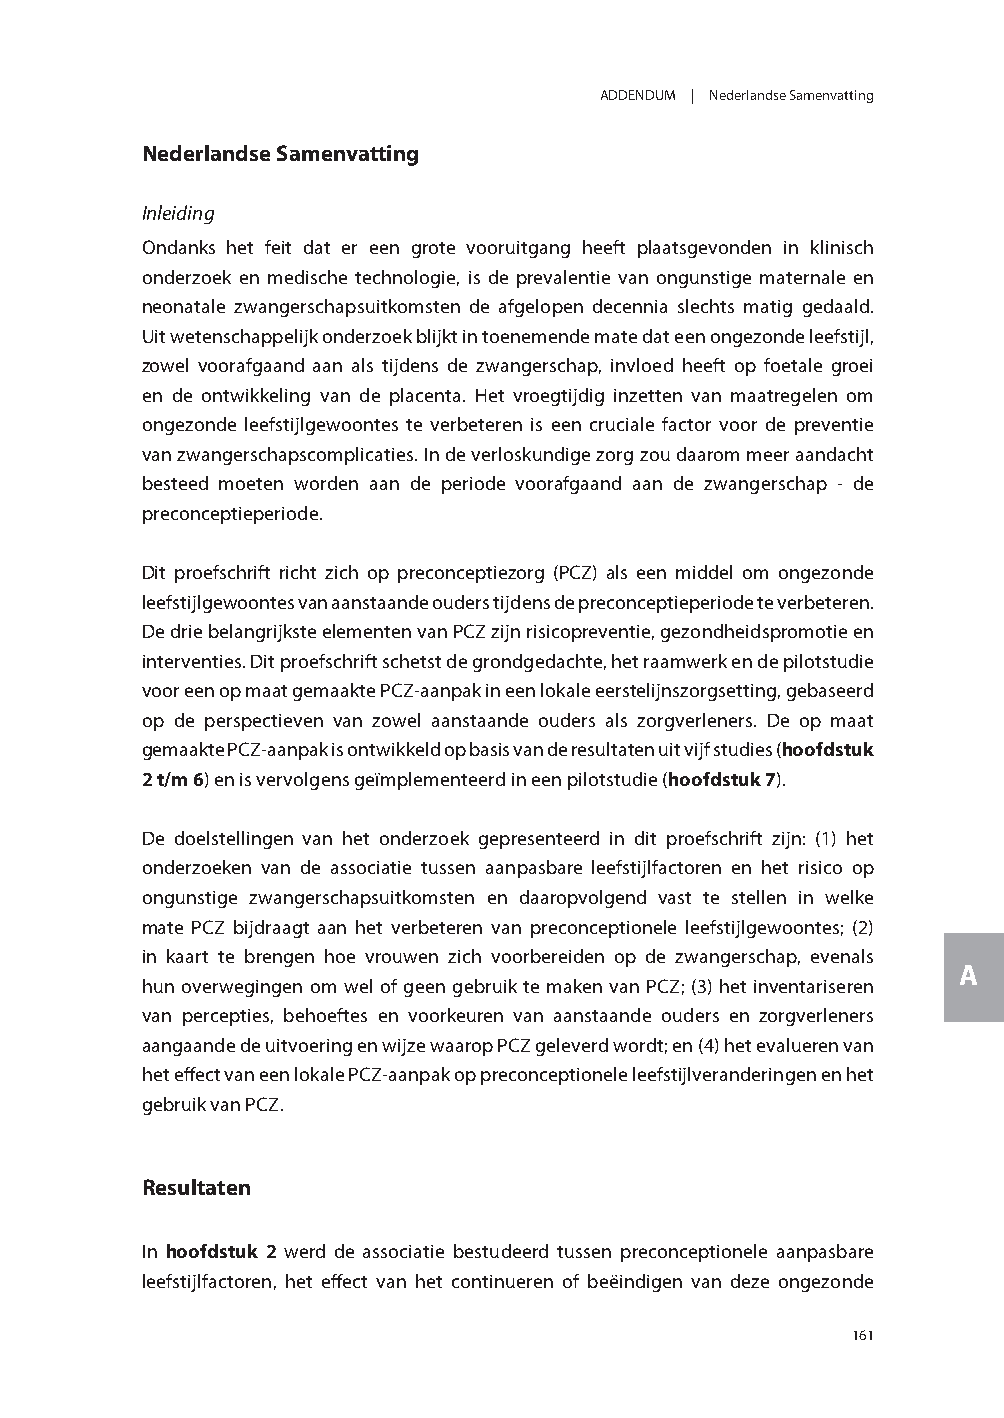
ADDENDUM | Nederlandse Samenvatting
 Nederlandse Samenvatting
 Inleiding
 Ondanks het feit dat er een grote vooruitgang heeft plaatsgevonden in klinisch
 onderzoek en medische technologie, is de prevalentie van ongunstige maternale en
 neonatale zwangerschapsuitkomsten de afgelopen decennia slechts matig gedaald.
 Uit wetenschappelijk onderzoek blijkt in toenemende mate dat een ongezonde leefstijl,
 zowel voorafgaand aan als tijdens de zwangerschap, invloed heeft op foetale groei
 en de ontwikkeling van de placenta. Het vroegtijdig inzetten van maatregelen om
 ongezonde leefstijlgewoontes te verbeteren is een cruciale factor voor de preventie
 van zwangerschapscomplicaties. In de verloskundige zorg zou daarom meer aandacht
 besteed moeten worden aan de periode voorafgaand aan de zwangerschap - de
 preconceptieperiode.
 Dit proefschrift richt zich op preconceptiezorg (PCZ) als een middel om ongezonde
 leefstijlgewoontes van aanstaande ouders tijdens de preconceptieperiode te verbeteren.
 De drie belangrijkste elementen van PCZ zijn risicopreventie, gezondheidspromotie en
 interventies. Dit proefschrift schetst de grondgedachte, het raamwerk en de pilotstudie
 voor een op maat gemaakte PCZ-aanpak in een lokale eerstelijnszorgsetting, gebaseerd
 op de perspectieven van zowel aanstaande ouders als zorgverleners. De op maat
 gemaakte PCZ-aanpak is ontwikkeld op basis van de resultaten uit vijf studies (hoofdstuk
 2 t/m 6) en is vervolgens geïmplementeerd in een pilotstudie (hoofdstuk 7).
 De doelstellingen van het onderzoek gepresenteerd in dit proefschrift zijn: (1) het
 onderzoeken van de associatie tussen aanpasbare leefstijlfactoren en het risico op
 ongunstige zwangerschapsuitkomsten en daaropvolgend vast te stellen in welke
 mate PCZ bijdraagt aan het verbeteren van preconceptionele leefstijlgewoontes; (2)
 in kaart te brengen hoe vrouwen zich voorbereiden op de zwangerschap, evenals
 A
 hun overwegingen om wel of geen gebruik te maken van PCZ; (3) het inventariseren
 van percepties, behoeftes en voorkeuren van aanstaande ouders en zorgverleners
 aangaande de uitvoering en wijze waarop PCZ geleverd wordt; en (4) het evalueren van
 het effect van een lokale PCZ-aanpak op preconceptionele leefstijlveranderingen en het
 gebruik van PCZ.
 Resultaten
 In hoofdstuk 2 werd de associatie bestudeerd tussen preconceptionele aanpasbare
 leefstijlfactoren, het effect van het continueren of beëindigen van deze ongezonde
 161